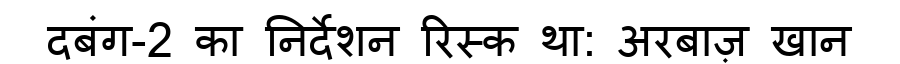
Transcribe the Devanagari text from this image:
दबंग-2 का निर्देशन रिस्क था: अरबाज़ खान